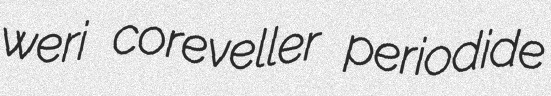
weri coreveller periodide